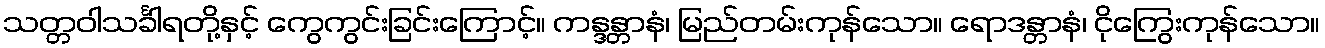
သတ္တဝါသင်္ခါရတို့နှင့် ကွေကွင်းခြင်းကြောင့်။ ကန္ဒန္တာနံ၊ မြည်တမ်းကုန်သော။ ရောဒန္တာနံ၊ ငိုကြွေးကုန်သော။